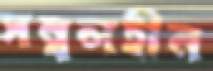
সম্বলহীন